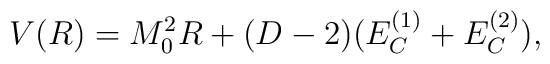
V(R)=M_0^2 R+(D-2)(E_C^{(1)}+E_C^{(2)}),